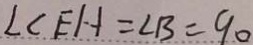
\angle C E H = \angle B = 9 0